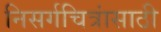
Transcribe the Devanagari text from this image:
निसर्गचित्रांसाठी